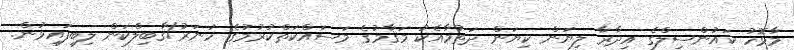
މާޅޮހު ކައުންސިލްގެ އިދާރާ ލިޔަން ކިޔަން ދަތުމާއެކު މަޤާމުގެ މަސައްކަތްކުރުމުގެ ހުނަރު/ޤާބިލްކަން ލިބިފައިވުން.